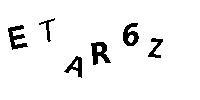
ETAR6Z